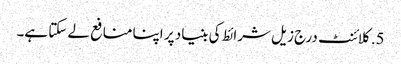
5. کلائنٹ درج زیل شرائط کی بنیاد پر اپنا منافع لے سکتا ہے۔